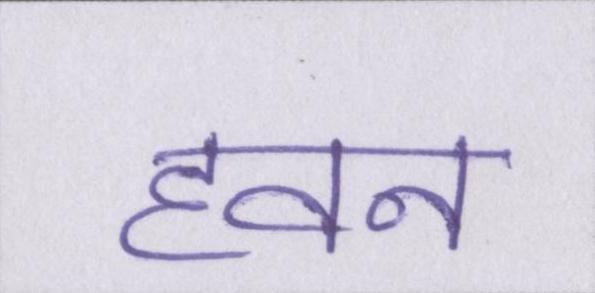
हवन